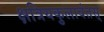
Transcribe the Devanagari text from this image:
क्षत्रियकुलावंतस्